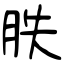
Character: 胅